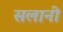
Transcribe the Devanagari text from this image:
सलानी